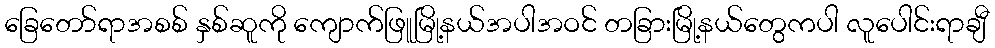
ခြေတော်ရာအစစ် နှစ်ဆူကို ကျောက်ဖြူမြို့နယ်အပါအဝင် တခြားမြို့နယ်တွေကပါ လူပေါင်းရာချီ